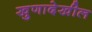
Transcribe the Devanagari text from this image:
खुणादेखील